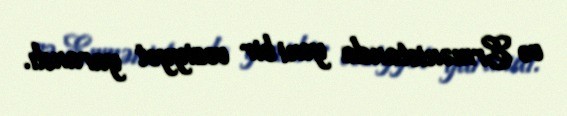
və Ermənistanda yeni bir vəziyyət yarandı.